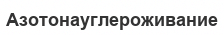
Азотонауглероживание